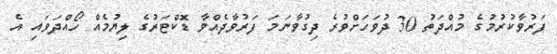
ފަރުވާކުރުމުގެ މުއްދަތު 30 ދުވަހަށްވުރެ ދިގުވާނަމަ ފަރުވާދެއްވާ ޑޮކްޓަރުގެ ލިޔުމެއް ހޯއްދަވައި އެ